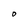
Character: O